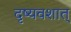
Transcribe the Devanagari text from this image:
दृष्यवशात्